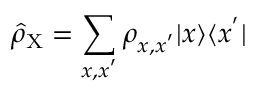
\hat { \rho } _ { \mathrm { X } } = \sum _ { x , x ^ { ' } } \rho _ { x , x ^ { ' } } | x \rangle \langle x ^ { ' } |